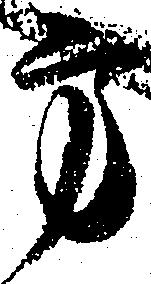
方